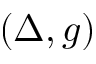
( \Delta , g )